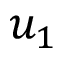
u _ { 1 }